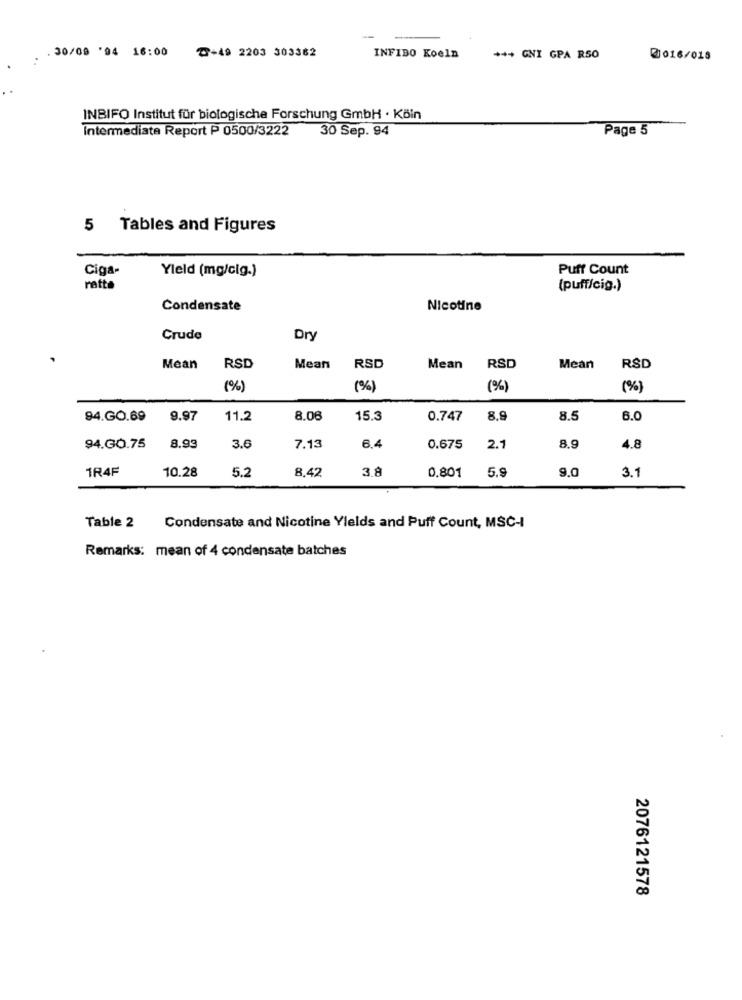
-
.30/09 '94 16:00
℃+49 2203 303362
INFIBO Koeln
*** GNI GPA R50
@016/018
INBIFO Institut für biologische Forschung GmbH · Köin
Intermediate Report P 0500/3222 30 Sep. 94
Page 5
5 Tables and Figures
Ciga-
Yield (mg/cig.)
Puff Count
ratta
(puff/cig.)
Condensate
Nicotine
Crude
Dry
Mean
RSD
Mean
RSD
Mean
RSD
Mean
RSD
(%)
(%)
(%)
(%)
94.GO.69
9.97
11.2
8.08
15.3
0.747
8.9
8.5
6.0
8.93
8.9
94.GO.75
3.6
7.13
6.4
0.675
2.1
4.8
1R4F
10.28
5.2
3.8
0,801
5.9
9.0
8,42
3.1
Table 2
Condensate and Nicotine Yields and Puff Count, MSC-I
Remarks: mean of 4 condensate batches
2076121578